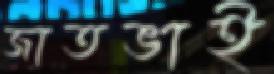
জাতভাই